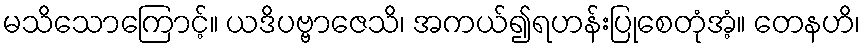
မသိသောကြောင့်။ ယဒိပဗ္ဗာဇေသိ၊ အကယ်၍ရဟန်းပြုစေတုံအံ့။ တေနဟိ၊